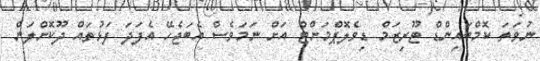
ނުވަތަ ކޮމްބައިންޑް ޓޫރިޒަމް ޑިވެލޮޕްމަންޓް އަށް ނަމަވެސް އެބަޖެހޭ އެފަދަ ފަޅުތައް ދޫކޮށްލަން